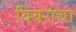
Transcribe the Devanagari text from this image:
विवराचा